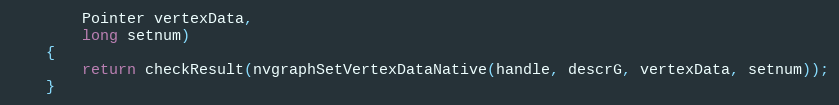
Language: Java
        Pointer vertexData,
        long setnum)
    {
        return checkResult(nvgraphSetVertexDataNative(handle, descrG, vertexData, setnum));
    }